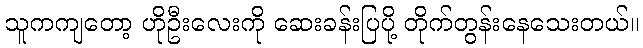
သူကကျတော့ ဟိုဦးလေးကို ဆေးခန်းပြပို့ တိုက်တွန်းနေသေးတယ်။